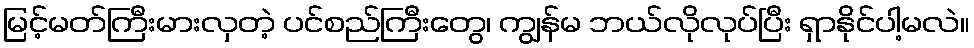
မြင့်မတ်ကြီးမားလှတဲ့ ပင်စည်ကြီးတွေ၊ ကျွန်မ ဘယ်လိုလုပ်ပြီး ရှာနိုင်ပါ့မလဲ။